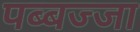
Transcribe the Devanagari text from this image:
पब्बज्जा